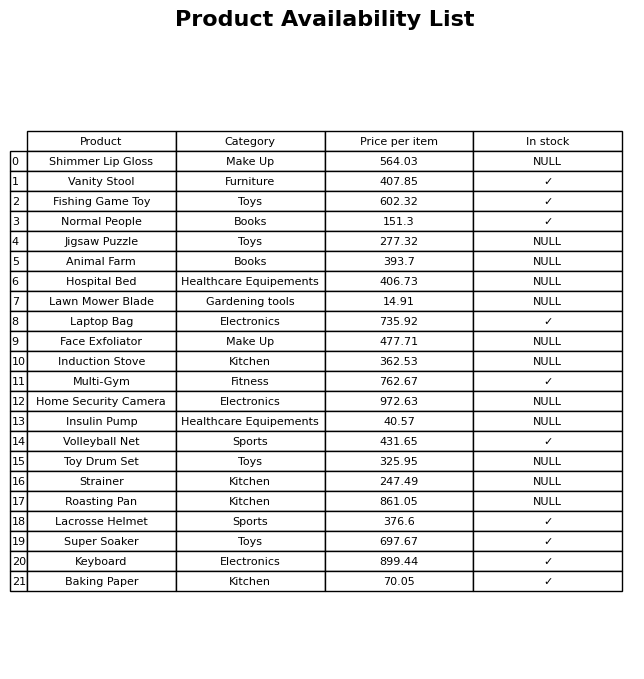
question: What is the price for Face Exfoliator?
answer: The price of Face Exfoliator is 477.71.